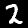
Digit: 2